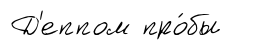
Д'еппом про́бы